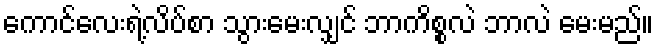
ကောင်လေးရဲ့လိပ်စာ သွားမေးလျှင် ဘာက်ိစ္စလဲ ဘာလဲ မေးမည်။